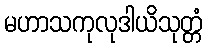
မဟာသကုလုဒါယိသုတ္တံ